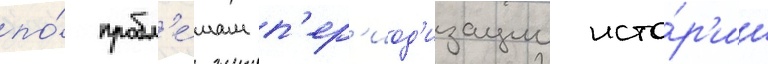
по́ пробл'е́мам п'ер'иод'изации исто́р'ии